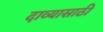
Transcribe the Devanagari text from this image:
दाव्यासाठी